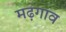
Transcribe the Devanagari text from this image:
मढ़गाव